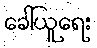
ခေါ်ယူရေး